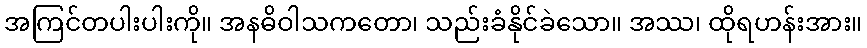
အကြင်တပါးပါးကို။ အနဓိဝါသကတော၊ သည်းခံနိုင်ခဲသော။ အဿ၊ ထိုရဟန်းအား။